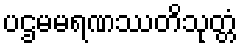
ပဌမမရဏဿတိသုတ္တံ